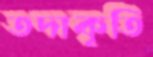
তদাকৃতি